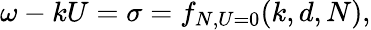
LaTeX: \omega-kU=\sigma=f_{N,U=0}(k,d,N),